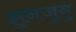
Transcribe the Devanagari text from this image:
झुनजुनु